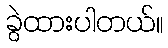
ခွဲထားပါတယ်။